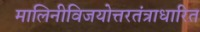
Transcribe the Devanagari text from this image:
मालिनीविजयोत्तरतंत्राधारित